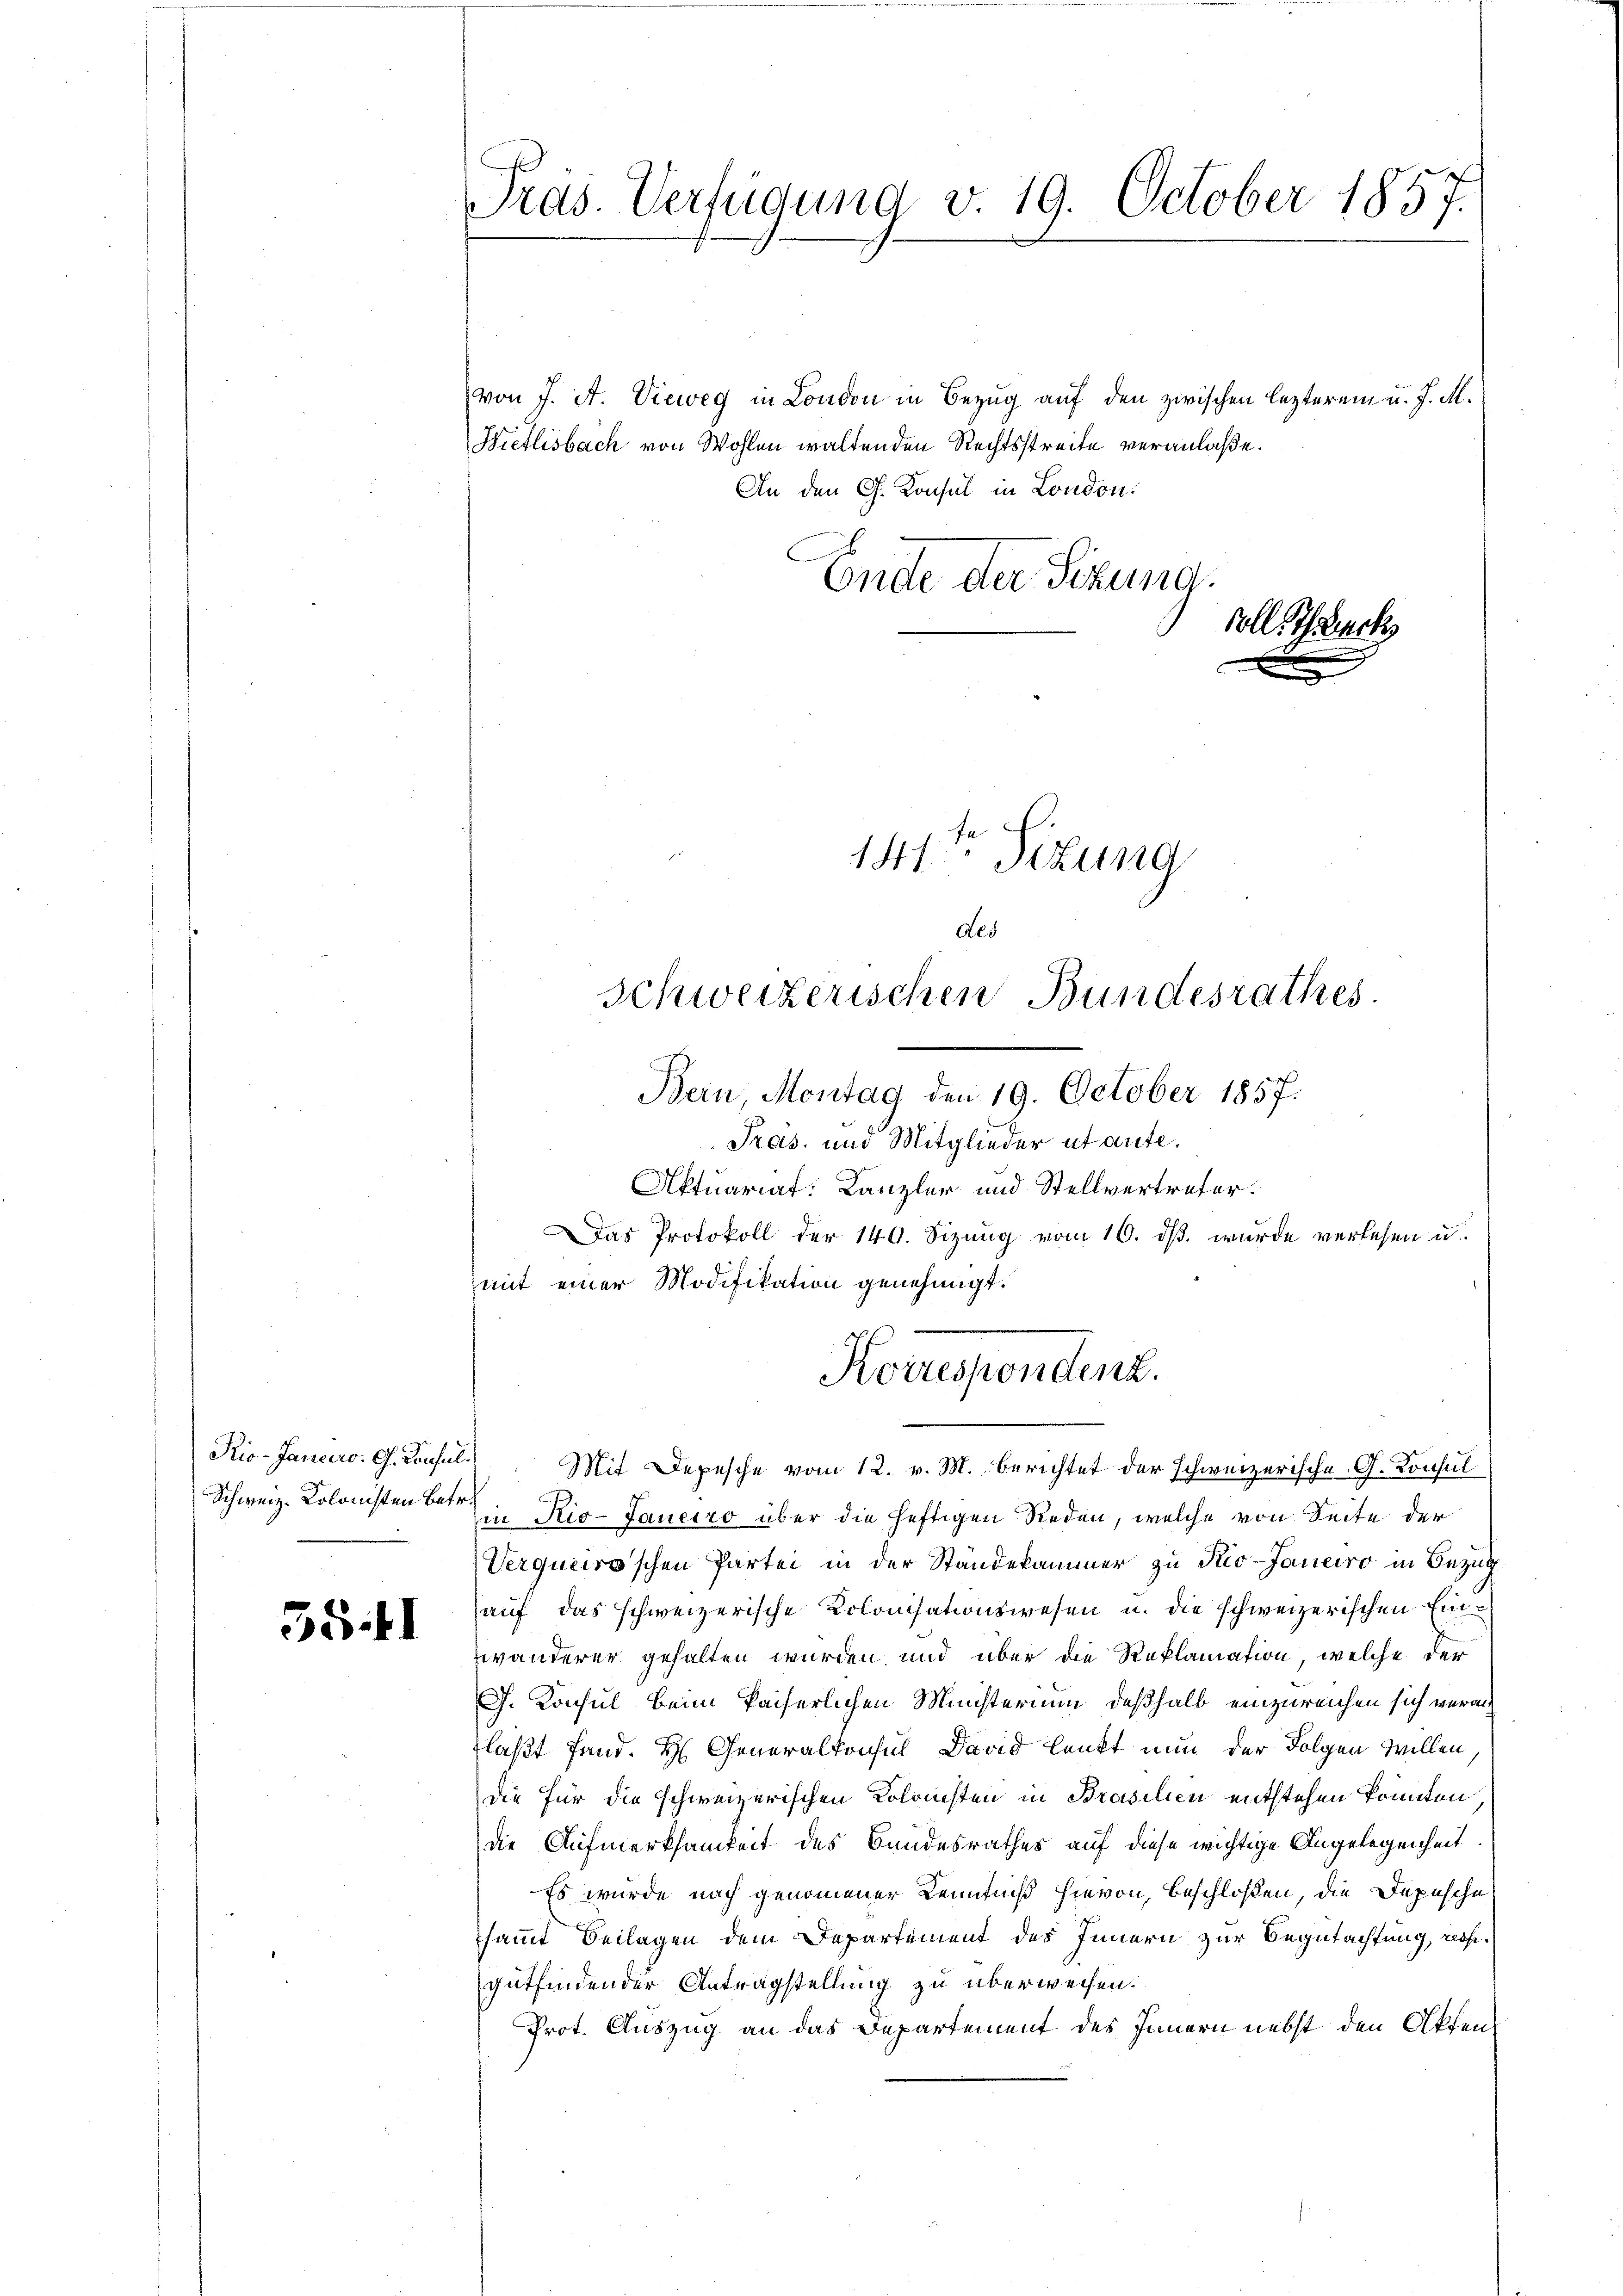
Rio-Janders. G. Consul
Schweiz. Kolonisten Betr.

55.II

Präs. Verfügung v. 19. October 1857.

von J. A. Vieweg in London in Bezug auf den zwischen lezterem u. J. M.
Wietlisbach von Wohlen waltenden Rechtsstreite veranlaße.
An den G. Konsul in London.
Ende der Sizung.
soll. Ich erk

Pras. und Mitglieder utante.
Aktuariat: Kanzler und Stellvertreter.
Das Protokoll der 140. Sizung vom 10. dß wurde verlesen u.
mit einer Modifikation genehmigt.
Mit Depesche vom 12. v. M. berichtet der schweizerische G. Konsul
in Rio-Janeiro über die heftigen Reden, welche von Seite der
Verqueroschen Partei in der Standekammer zu Kio-Janeiro in Bezug
auf das schweizerische Kolonisationswesen u. die schweizerischen Einwänderer gehalten wurden, und über die Reklamation, welche der
J. Konsul beim Paiserlichen Ministerium deßhalb einzureichen sich veran
laßt fand. H. Generalkonsul David lenkt nun der Folgen Willen
die für die schweizerischen Kolonisten in Prasilien entstehen könnten
die Aufmerksamkeit des Bundesrathes auf diese wichtige Angelegenheit
Es wurde nach genommener Kenntniß hievon, beschloßen, die Depesche
sammt Beilagen dem Departement des Innern zur Begutachtung, rechgutfindender Antragstellung zu überweisen.
Prot. Auszug an das Departement des Innern nebst den Akten¬

141ten Sizung
des
Schweizerischen Bundesrathes
Bern, Montag den 19. October 1857.

Korrespondenz.